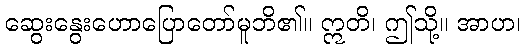
ဆွေးနွေးဟောပြောတော်မူဘိ၏။ ဣတိ၊ ဤသို့။ အာဟ၊